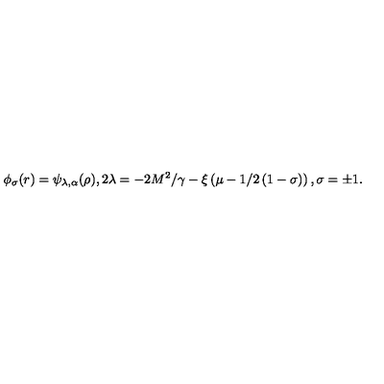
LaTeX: \phi _ { \sigma } ( r ) = \psi _ { \lambda , \alpha } ( \rho ) , 2 \lambda = - 2 M ^ { 2 } / \gamma - \xi \left( \mu - 1 / 2 \left( 1 - \sigma \right) \right) , \sigma = \pm 1 .